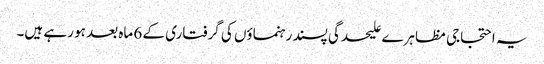
یہ احتجاجی مظاہرے علیحدگی پسند رہنماؤں کی گرفتاری کے 6 ماہ بعد ہو رہے ہیں۔